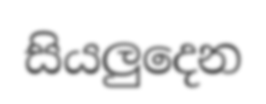
සියලුදෙන